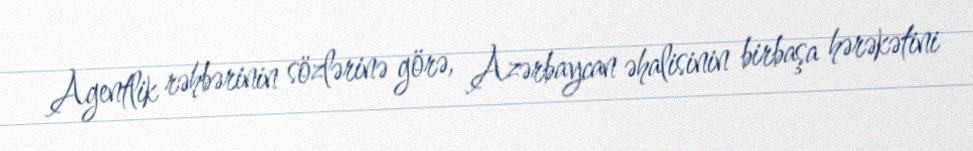
Agentlik rəhbərinin sözlərinə görə, Azərbaycan əhalisinin birbaşa hərəkətini